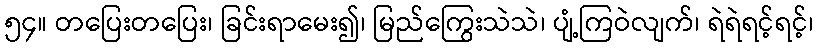
၅၄။ တပြေးတပြေး၊ ခြင်းရာမေး၍၊ မြည်ကြွေးသဲသဲ၊ ပျံ့ကြဝဲလျက်၊ ရဲရဲရင့်ရင့်၊